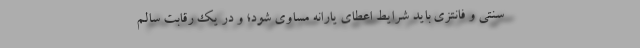
سنتی و فانتزی باید شرایط اعطای یارانه مساوی شود؛ و در یک رقابت سالم